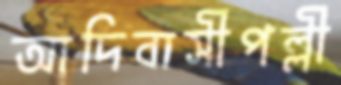
আদিবাসীপল্লী